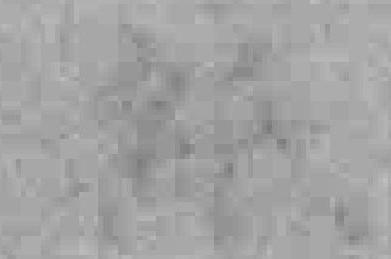
紙